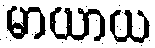
မာယာယ